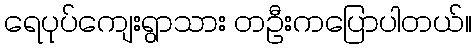
ရေပုပ်ကျေးရွာသား တဦးကပြောပါတယ်။